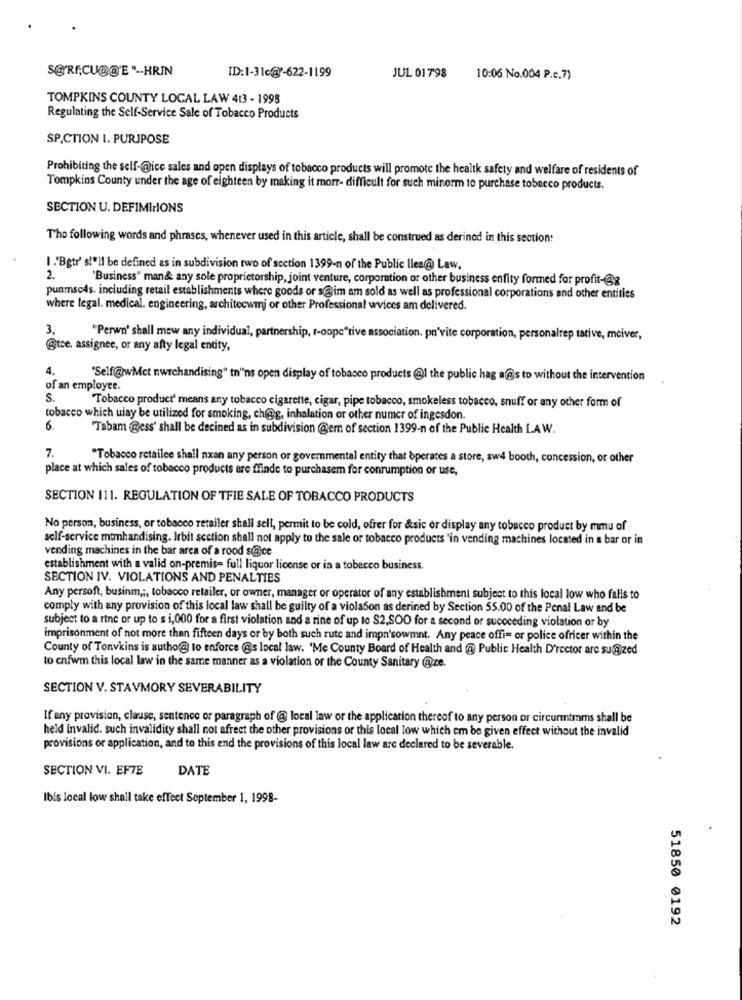
SORECU@@'E " -- HRIN
ID:1-31c@f-622-1199
JUL 01798
10:06 No.004 P.c.7)
TOMPKINS COUNTY LOCAL LAW 413 - 1998
Regulating the Self-Service Sale of Tobacco Products
SP.CTION 1. PURJPOSE
Prohibiting the self-@ice sales and open displays of tobacco products will promote the healtk safety and welfare of residents of
Tompkins County under the age of eighteen by making it morr- difficult for such minorm to purchase tobacco products.
SECTION U. DEFIMIrIONS
The following words and phrases, whenever used in this article, shall be construed as derined in this section:
I .'Bgtr' s!"Il be defined as in subdivision two of section 1399-n of the Public lles@ Law.
2.
'Business" man& any sole proprietorship, joint venture, corporation or other business enfity formed for profit-@g
punmsc4s. including retail establishments where goods or s@im am sold as well as professional corporations and other entities
where legal. medical. engineering, architecwij or other Professional wvices am delivered.
3.
"Perwn' shall mew any individual, partnership, r-oope"tive association. po'vite corporation, personalrep tative, mciver,
@tce. assignee, or any afty legal entity,
4.
'Self@wMct nwrchandising" tn'ns open display of tobacco products @l the public hag a@s to without the intervention
of an employee.
S
Tobacco product' means any tobacco cigarette, cigar, pipe tobacco, smokeless tobacco, snuff or any other form of
tobacco which uiay be utilized for smoking, ch@g, inhalation or other numer of ingesdon.
6
"Tabam @ess' shall be decined as in subdivision @em of section 1399-n of the Public Health LAW.
7.
"Tobacco retailee shall nxan any person or governmental entity that operates a store, sw4 booth, concession, or other
place at which sales of tobacco products are ffinde to purchasem for conrumption or use,
SECTION 111. REGULATION OF TFIE SALE OF TOBACCO PRODUCTS
No person, business, or tobacco retailer shall sell, permit to be cold, ofrer for &sic or display any tobacco product by mmu of
self-service mtmhandising. Irbit section shall not apply to the sale or tobacco products 'in vending machines located in a bar or in
vending machines in the bar area of a rood s@ice
establishment with a valid on-premise full liquor license or in a tobecco business.
SECTION IV. VIOLATIONS AND PENALTIES
Any persoft, businm ,;, tobacco retailer, or owner, manager or operator of any establishment subject to this local low who falls to
comply with any provision of this local law shall be guilty of a violason as derined by Section 55.00 of the Penal Law and be
subject to a rine or up to s i, 000 for a first violation and a rine of up to $2,SOO for a second or succeeding violation or by
imprisonment of not more than fifteen days or by both such rute and impn'sowmnt. Any peace offi= or police officer within the
County of Tonvkins is sutho@ to enforce @s local law. 'Me County Board of Health and @ Public Health D'rector are su@ized
to enfwm this local law in the same manner as a violation or the County Sanitary @ze.
SECTION V. STAVMORY SEVERABILITY
If any provision, clause, sentence or paragraph of @ local law or the application thereof to any person or circunintims shall be
held invalid. such invalidity shall not afreet the other provisions of this local low which em be given effect without the invalid
provisions or application, and to this end the provisions of this local law are declared to be severable.
SECTION VI. EF7E
DATE
Ibis local low shall take effect September 1, 1998-
51850 0192